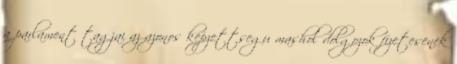
a parlament tagjai az azonos kepzettsegu mashol dolgozok fizetesenek